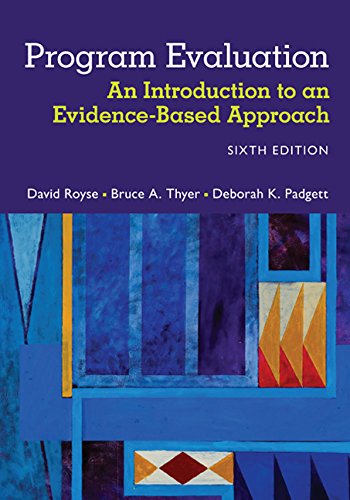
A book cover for Program Evaluation: An Introduction to an Evidence-Based Approach; David Royse; Politics & Social Sciences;